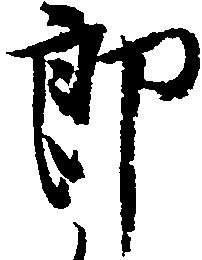
郎